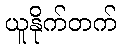
ယူနိုက်တက်